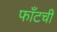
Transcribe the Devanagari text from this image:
फाँटची